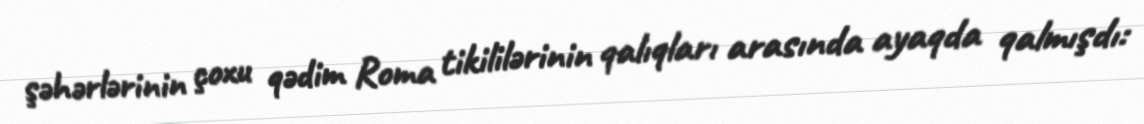
şəhərlərinin çoxu qədim Roma tikililərinin qalıqları arasında ayaqda qalmışdı: